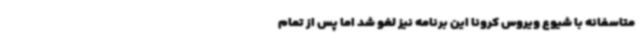
متاسفانه با شیوع ویروس کرونا این برنامه نیز لغو شد اما پس از تمام